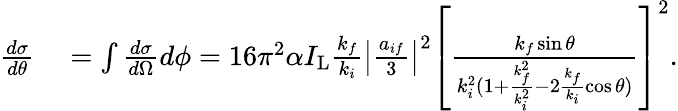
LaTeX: \begin{array}{rl}{\frac{d\sigma}{d\theta}}&{{}=\int\frac{d\sigma}{d\Omega}d\phi=16\pi^{2}\alpha I_{\mathrm{L}}\frac{k_{f}}{k_{i}}\left\vert\frac{a_{if}}{3}\right\vert^{2}\left[\frac{k_{f}\sin\theta}{k_{i}^{2}(1+\frac{k_{f}^{2}}{k_{i}^{2}}-2\frac{k_{f}}{k_{i}}\cos\theta)}\right]^{2}.}\end{array}